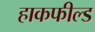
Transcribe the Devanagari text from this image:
हाकफील्ड